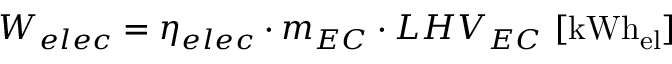
W _ { e l e c } = \eta _ { e l e c } \cdot m _ { E C } \cdot L H V _ { E C } \ [ \mathrm { k W h _ { e l } } ]